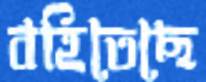
বহিতেছে